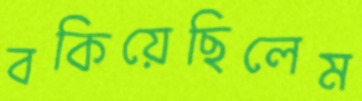
বকিয়েছিলেম